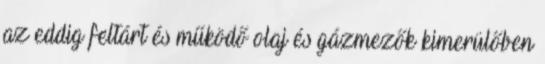
az eddig feltárt és működő olaj és gázmezők kimerülőben